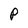
Character: P